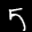
Digit: 5